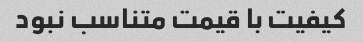
کیفیت با قیمت متناسب نبود